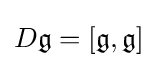
D{\mathfrak {g}}=[{\mathfrak {g}},{\mathfrak {g}}]